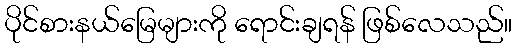
ပိုင်စားနယ်မြေများကို ရောင်းချရန် ဖြစ်လေသည်။